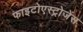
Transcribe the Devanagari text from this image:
फाइटोएस्ट्रोजेंस